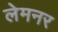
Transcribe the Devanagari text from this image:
लेमनर